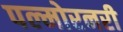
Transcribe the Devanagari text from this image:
पल्मोरनरी